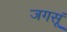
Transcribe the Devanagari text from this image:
जगसूं